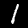
Label: 1